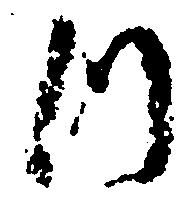
つ